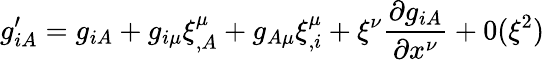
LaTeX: g_{iA}^{\prime}=g_{iA}+g_{i\mu}\xi_{,A}^{\mu}+g_{A\mu}\xi_{,i}^{\mu}+\xi^{\nu}\frac{\partial g_{iA}}{\partial x^{\nu}}+0(\xi^{2})